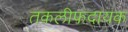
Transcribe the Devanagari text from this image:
तकलीफदायक